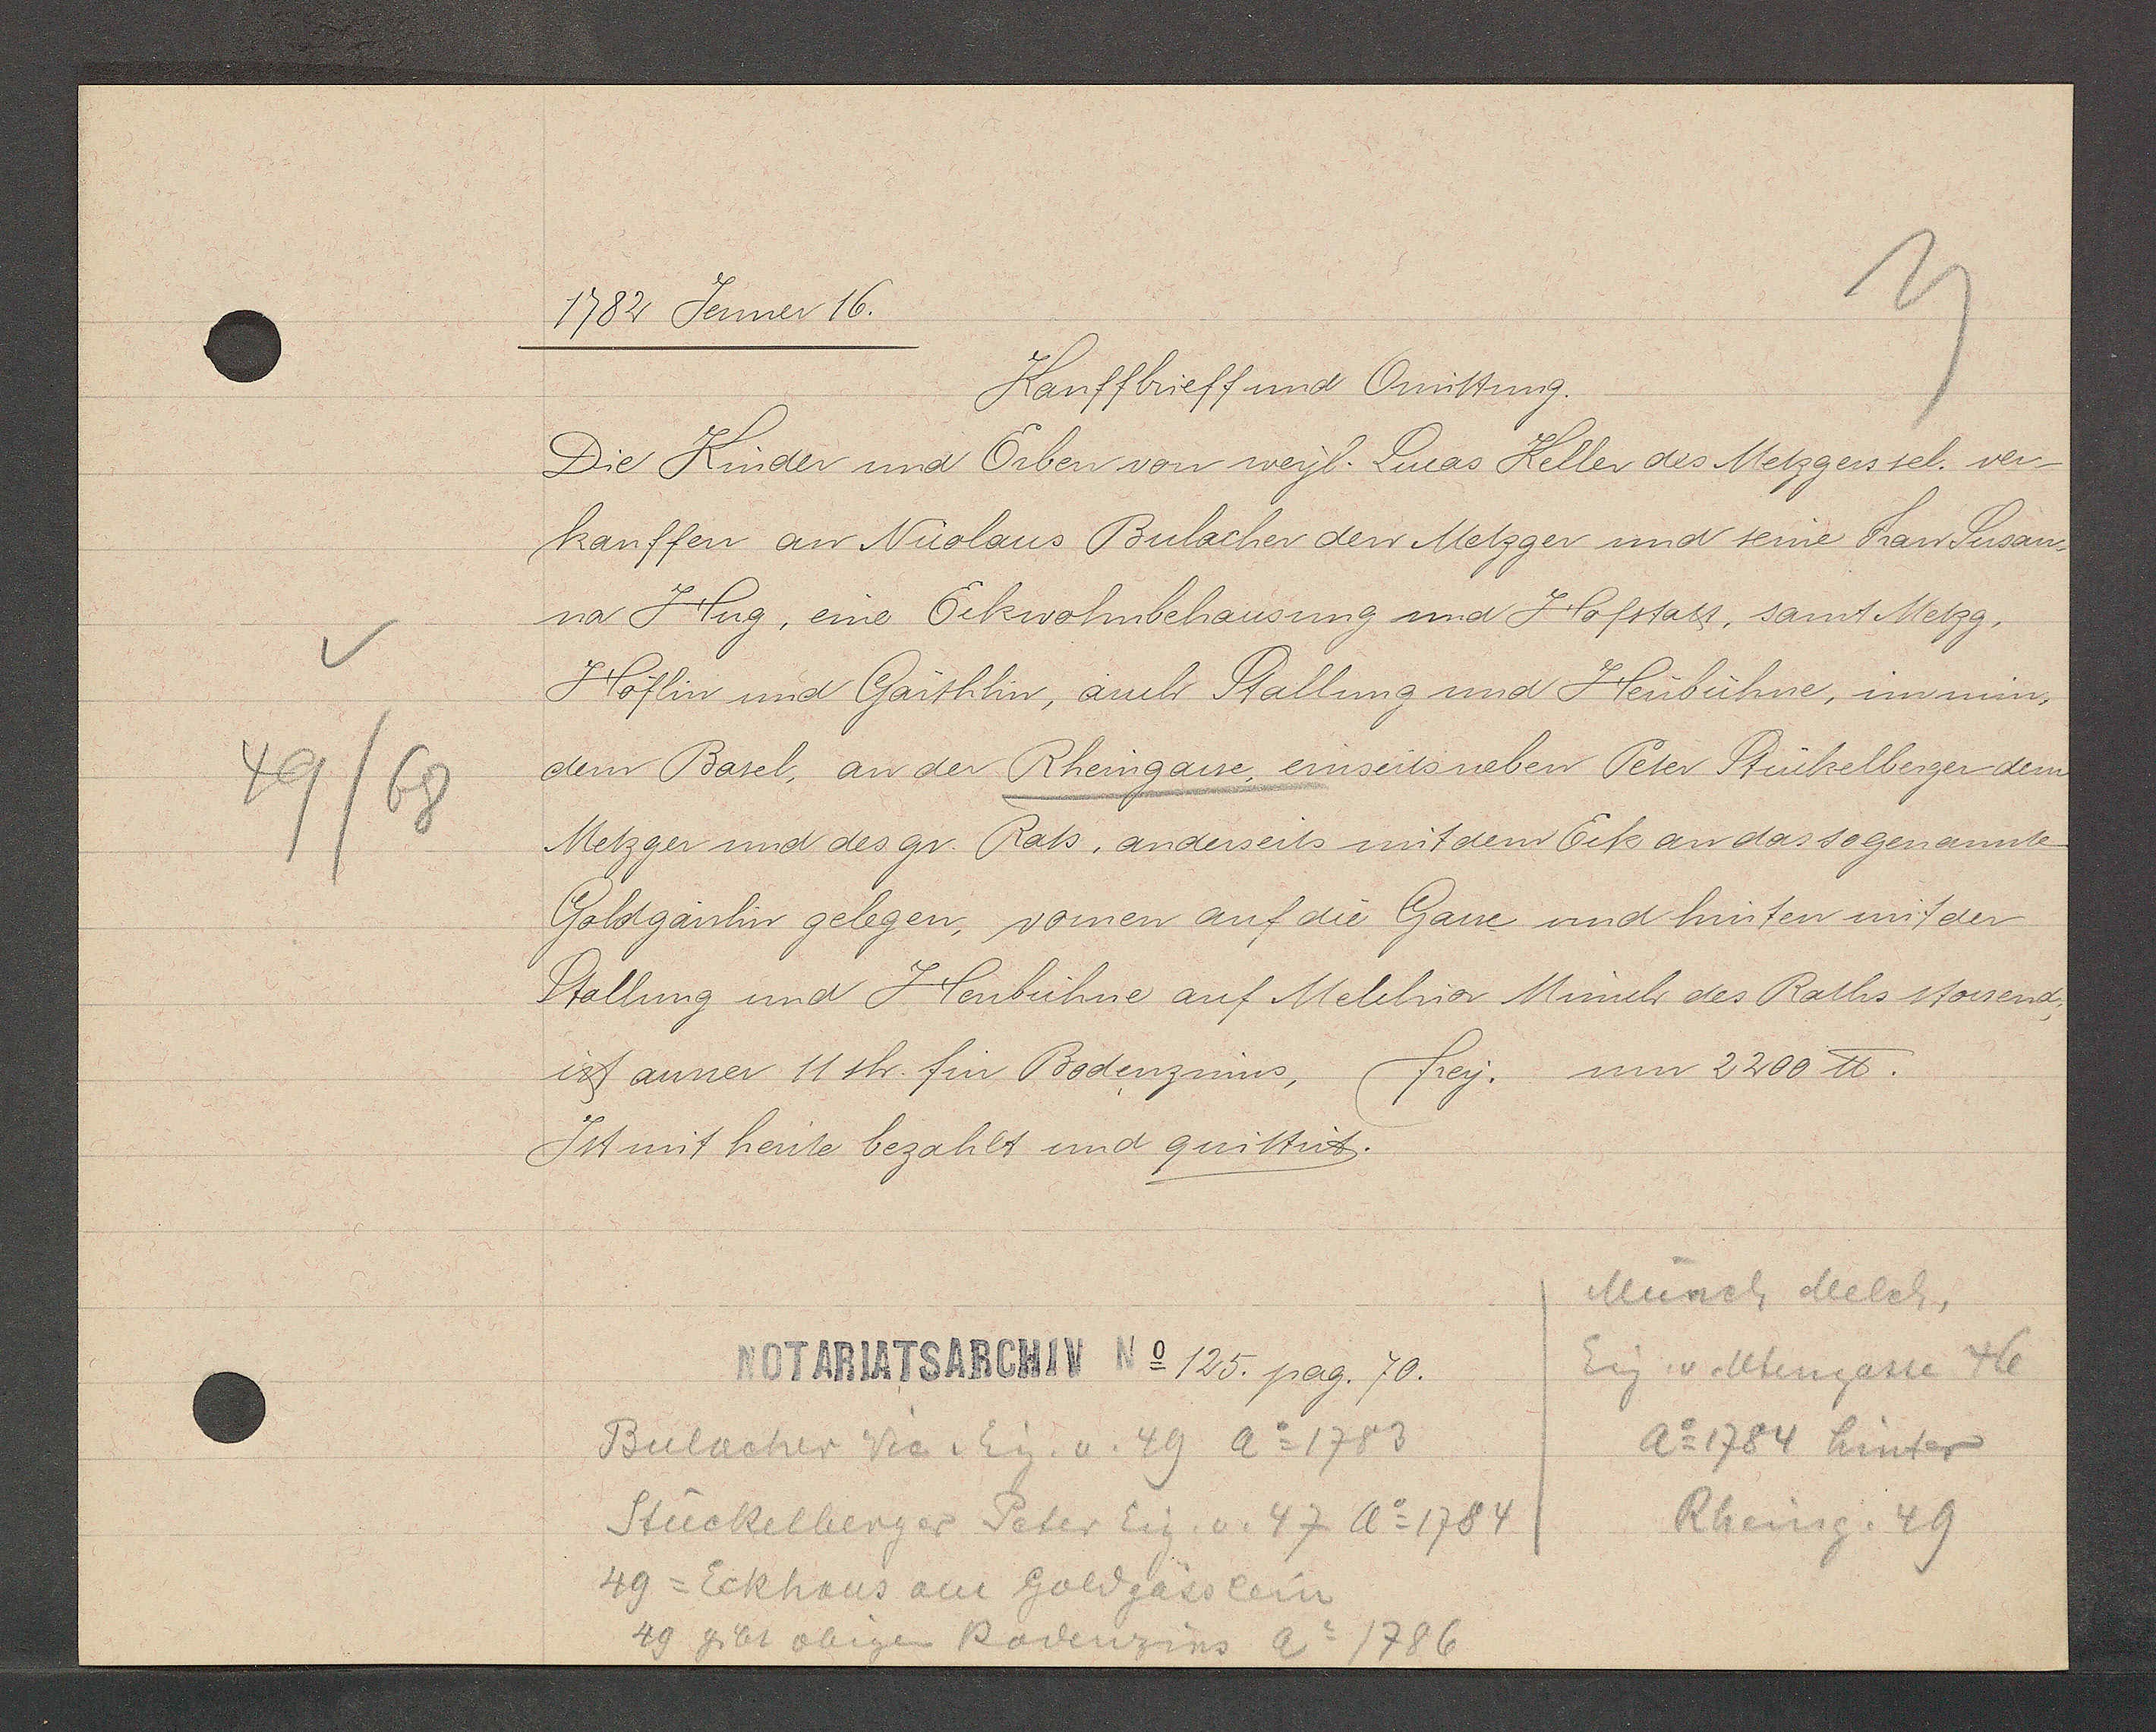
Transcript:
49/68

1782 Jenner 16.

Kauffbrieff und Quittung.
Die Kinder und Erben von weyl. Lucas Keller des Metzgers sel. ver-
kauffen an Nicolaus Bulacher den Metzger und seine Frau Susan-
na Hug, eine Eckwohnbehausung und Hofstatt, samt Metzg.
Höflin und Gärthlin, auch Stallung und Heubühne, im min-
dern Basel, an der Rheingasse einseits neben Peter Stückelberger dem
Metzger und des gr. Rats, anderseits mit dem Eck an das sogenannte
Goldgässlin gelegen, vomen auf die Gasse und hinten mit der
Stallung und Heubühne auf Melchior Münch des Raths stossend,
frey. um 2200 ℔.
ist anner 11sh. fin Bodenzinns,
Ist mit heute bezahlt und quittirt.

Notariatsarchiv No 125 pag. 70.

Bülacher Vic. v Eig. v. 49 Ao 1783
40 gibt obigen Rodenzins Ao 1786
49 = Eckhaus am Goldgässlein
Stückelberger Peter Eig. v. 47 Ao 1784

Münch Melch,
Eig v. Utengasse 46
Ao 1784 hinter
Rheing. 49